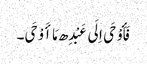
فَأَوْحَی اِلَی عَبْدِھ مَا أَوْحَی۔